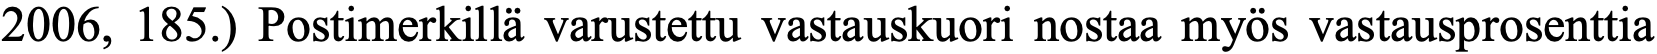
2006, 185.) Postimerkillä varustettu vastauskuori nostaa myös vastausprosenttia